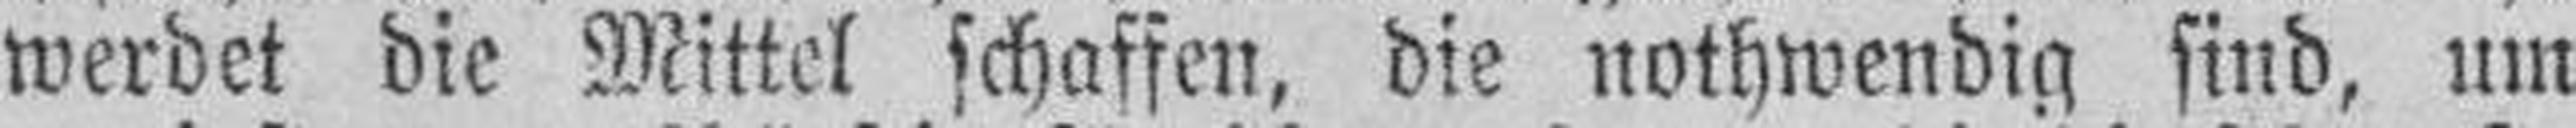
werdet die Mittel schaffen, die nothwendig sind, um